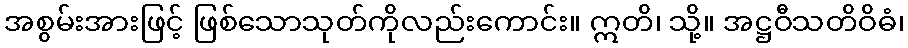
အစွမ်းအားဖြင့် ဖြစ်သောသုတ်ကိုလည်းကောင်း။ ဣတိ၊ သို့။ အဋ္ဌဝီသတိဝိဓံ၊